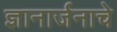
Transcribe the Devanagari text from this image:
ज्ञानार्जनाचे